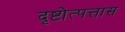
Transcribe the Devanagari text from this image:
दृष्टोत्पत्तास